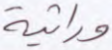
وراثية